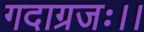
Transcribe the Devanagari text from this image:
गदाग्रजः।।